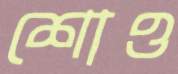
শোও